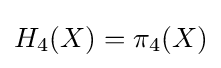
H_{4}(X)=\pi _{4}(X)